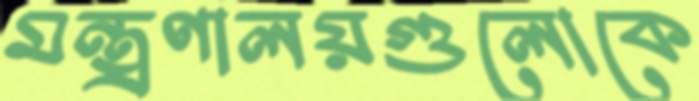
মন্ত্রণালয়গুলোকে